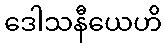
ဒေါသနီယေဟိ